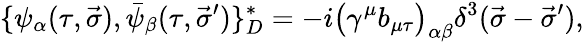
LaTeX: \{ \psi_{\alpha}(\tau,\vec{\sigma}),\bar{\psi}_{\beta}(\tau,\vec{\sigma}^{\prime})\} _{D}^{\ast}=-i\big(\gamma^{\mu}b_{\mu\tau}\big)_{\alpha\beta}\delta^{3}(\vec{\sigma}-\vec{\sigma}^{\prime}),